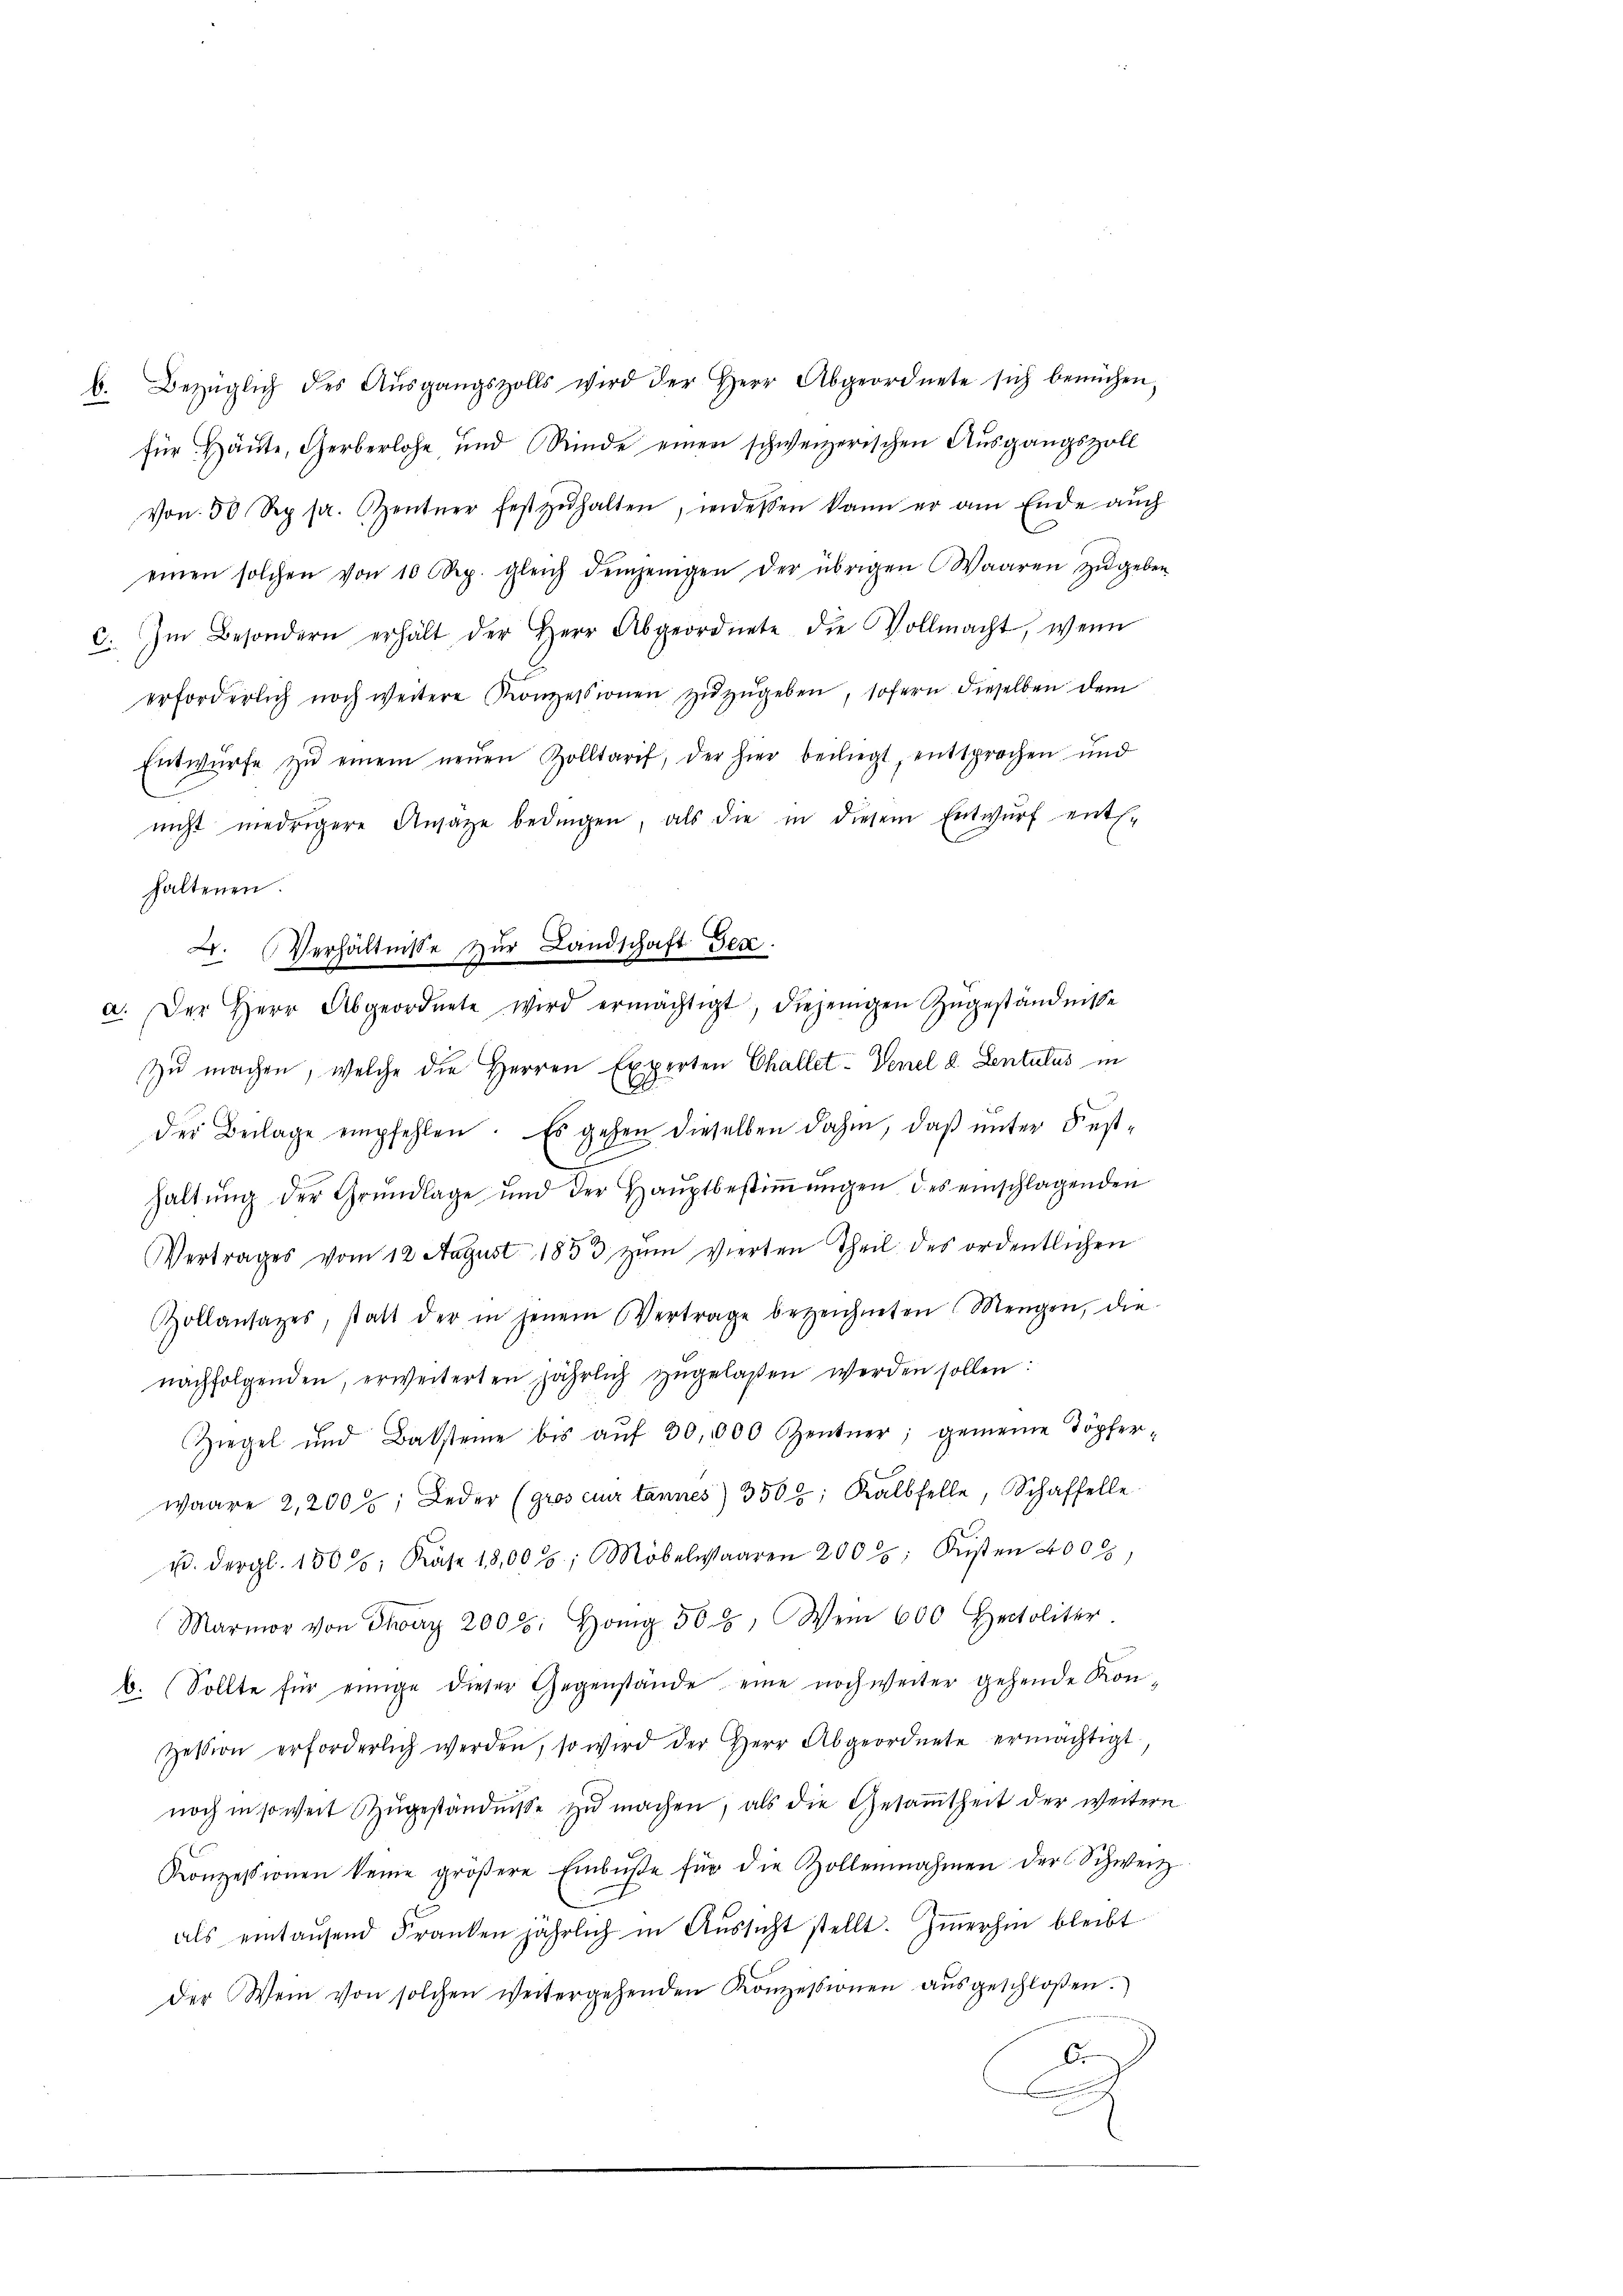
b. Bezüglich des Aŭsgangszolls wird der Herr Abgeordnete sich bemühen.
für Häute, Gerberlohn und Rinde einen schweizerischen Aŭsgangszoll
von 50 Rp. pr. entner festzŭhalten, jedessen kann er am Ende aŭch
einen solchen von 10 Rp. gleich demjenigen der übrigen Waaren zŭ geben
c. Im Besondern erhält der Herr Abgeordnete die Vollmacht, wenn
erforderlich noch weitere Konzessionen zŭzŭgeben, sofern dieselben dem
Entwürfe zŭ einem neŭen Zolltarif, der hier beiliegt, entsprochen und
nicht niedrigere Ansage bedingen, als die in diesem Entwŭrf ents-
haltenen.
A. Verhältnisse zur Landschaft Gen
a. Der Herr Abgeordnete wird ermächtigt, diejenigen Zŭgeständnisse
zu machen, welche die Herren Experten Challet-Venel d. Lentulus in
der Beilage empfehlen. Es gehen dieselben dahin, daß unter Fest-
haltŭng der Grŭndlage und der Haŭptbestiṁŭngen des einschlagenden
Vertrages vom 12. August 1853 zŭm Vierten Theil des ordentlichen
Zollansazes, statt der in jenem Vertrage bezeichneten Mengen, die
nachfolgenden, erweiterten jährlich zugelaßen werden sollen:
Ziegel und Baksteine bis aŭf 30,000 Zentner; gemeine Töpfer-
waare 2,2005; Leder (gros cur tannes) 3507; Kalbfelle, Schaffelle
u. Dergl. 150: Käse 18,00; Möbelwaaren 2005; Küsten 400,
Marmor von Fr. 2000. Honig 508. Wem 600 Hertoliter.
b. (Sollte für einige dieser Gegenstände eine noch weiter gehende Konzession erforderlich werden, so wird der Herr Abgeordnete ermächtigt
noch in soweit zŭgeständnisse zŭ machen, als die Gesamtheit der weitern
Konzessionen keine gröβere Einbŭβe für die Zollennahmen der Schweiz
als eintausend Franken jährlich in Aussicht stellt. Immerhin bleibt
der Wein von solchen weitergehenden Konzessionen aŭsgeschloßen.
Ar
d